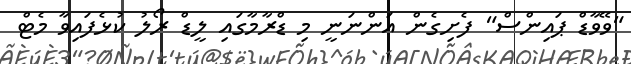
"ވޭވާޑް ޕައިންސް" ފެށިގެން އަންނަނީ މި ޑްރާމާގައި ލީޑް ރޯލު ކުޅެފައިވާ މެޓް